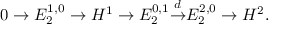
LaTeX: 0 \to E _ { 2 } ^ { 1 , 0 } \to H ^ { 1 } \to E _ { 2 } ^ { 0 , 1 } { \overset { d } { \to } } E _ { 2 } ^ { 2 , 0 } \to H ^ { 2 } .